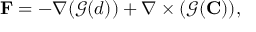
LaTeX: \mathbf { F } = - \nabla ( { \mathcal { G } } ( d ) ) + \nabla \times ( { \mathcal { G } } ( \mathbf { C } ) ) ,